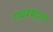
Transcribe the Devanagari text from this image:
राघवभट्टस्य